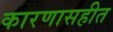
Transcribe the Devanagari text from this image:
कारणासहीत